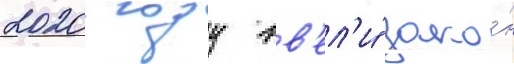
2020 году вв'ел'и́ зако́н